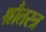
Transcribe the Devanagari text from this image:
श्रौतस्त्र